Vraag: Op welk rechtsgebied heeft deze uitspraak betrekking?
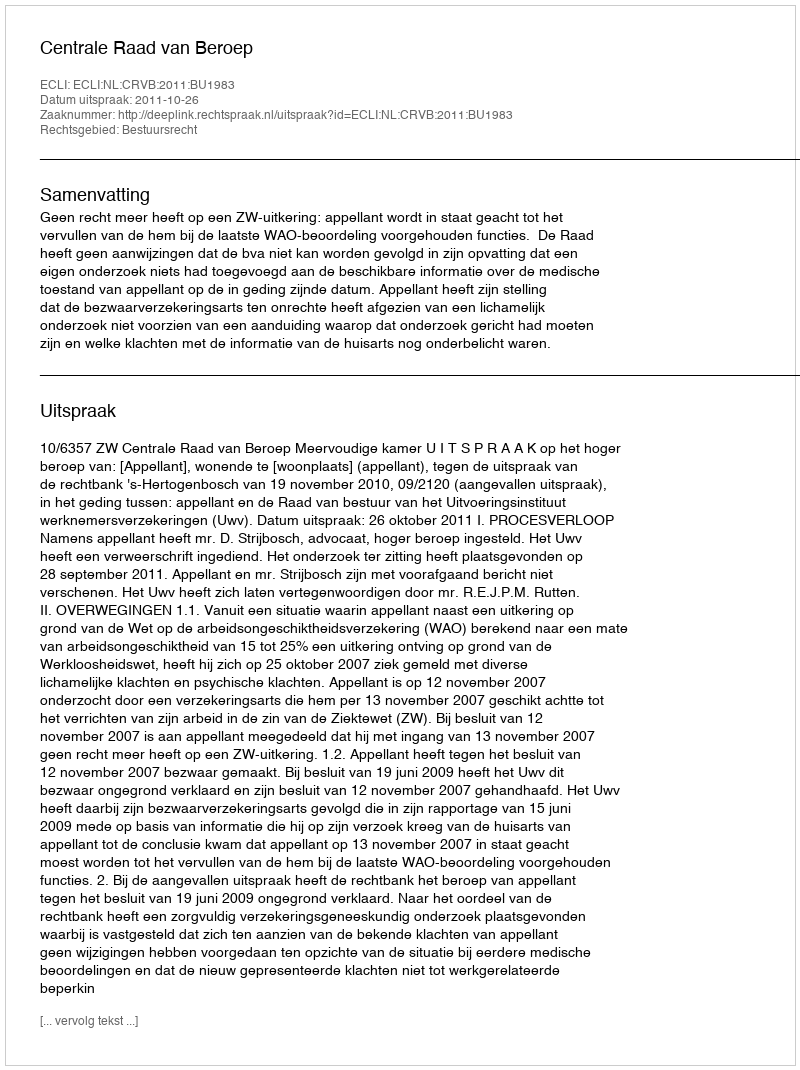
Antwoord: Bestuursrecht